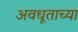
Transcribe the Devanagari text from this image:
अवधूताच्या